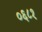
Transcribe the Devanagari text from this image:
०६८१